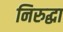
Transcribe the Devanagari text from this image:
निरुद्धा